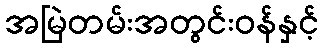
အမြဲတမ်းအတွင်းဝန်နှင့်